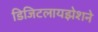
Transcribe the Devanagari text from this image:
डिजिटलायझेशने